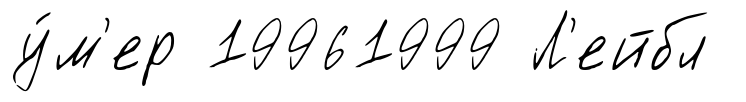
у́м'ер 19961999 Л'ейбл